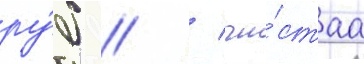
ру́б // / чи́стаа